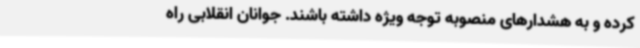
کرده و به هشدارهای منصوبه توجه ویژه داشته باشند. جوانان انقلابی راه